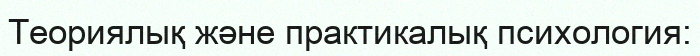
Теориялық және практикалық психология: